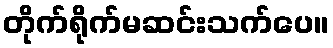
တိုက်ရိုက်မဆင်းသက်ပေ။